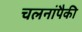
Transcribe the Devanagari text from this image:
चलनांपैकी